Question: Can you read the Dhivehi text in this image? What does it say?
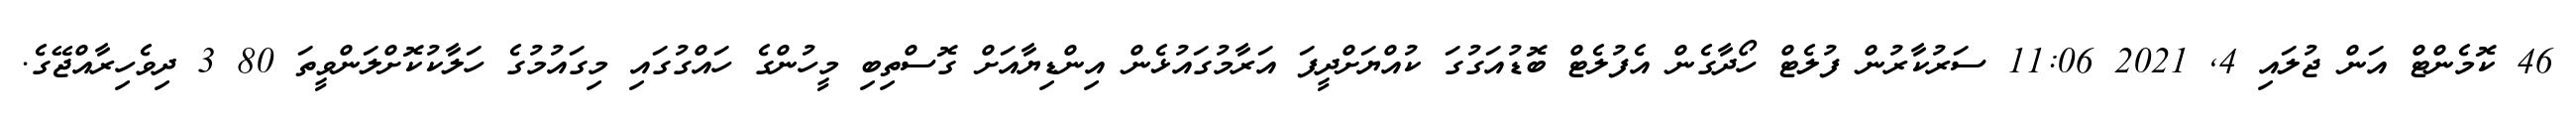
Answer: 46 ކޮމެންޓް އަން ޖުލައި 4, 2021 11:06 ސަރުކާރުން ފުލެޓް ހޯދާގެން އެފުލެޓް ބޮޑުއަގުގަ ކުއްޔަށްދީފަ އަރާމުގައުޅެން އިންޑިޔާއަށް ގޮސްތިބި މީހުންގެ ހައްގުގައި މިގައުމުގެ ހަލާކުކޮށްލަންވީތަ 80 3 ދިވެހިރާއްޖޭގެ.